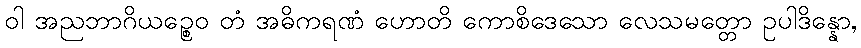
ဝါ အညဘာဂိယဉ္စေဝ တံ အဓိကရဏံ ဟောတိ ကောစိဒေသော လေသမတ္တော ဥပါဒိန္နော,